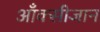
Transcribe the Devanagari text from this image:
आँक्सीजान